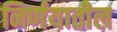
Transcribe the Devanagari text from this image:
निर्णयातील